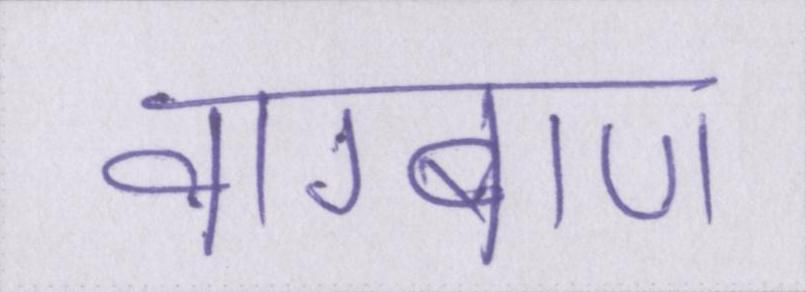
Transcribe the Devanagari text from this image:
वाग्बाण